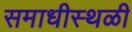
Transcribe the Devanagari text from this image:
समाधीस्थळी